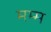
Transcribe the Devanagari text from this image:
मम्म